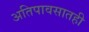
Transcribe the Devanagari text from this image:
अतिपावसातही